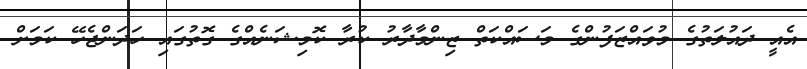
އެއީ ދައުލަތުގެ މުވައްޒަފުންގެ މަސައްކަތް ޒިންމާދާރު ކުރާ ކޮމިޝަނެއްގެ ގޮތުގައި ހަދަންޖެހޭ ކަމަށް